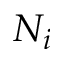
N _ { i }